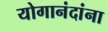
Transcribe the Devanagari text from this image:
योगानंदांना